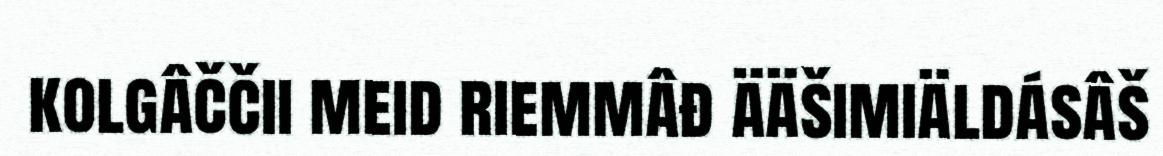
kolgâččii meid riemmâđ ääšimiäldásâš